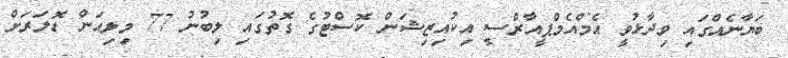
ބަޔާނެއްގައި ވިދާޅުވީ އެމްއެމްޕީއާރްސީ އިކުއިޒިޝަން ކޮސްޓުގެ ގޮތުގައި ލިބުނު 77 މިލިއަން ޑޮލަރަށް